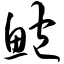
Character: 鲍